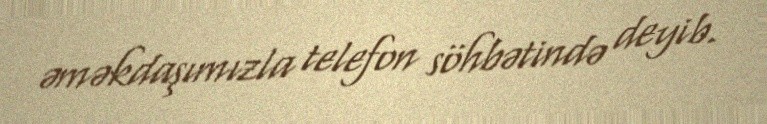
əməkdaşımızla telefon söhbətində deyib.